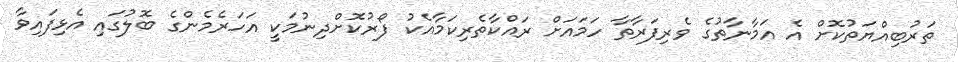
ތަރުބިއްޔަތުކޮށް އެ އަމާނާތުގެ ވެރިފަރާތާ ހަމައަށް ރައްކާތެރިކަމާއެކު ފޯރުކޮށްދިނުމަކީ އަހަރެމެންގެ ބޮލުގައި އެޅިފައިވާ